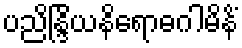
ပညိန္ဒြိယနိရောဓဂါမိနိံ